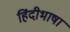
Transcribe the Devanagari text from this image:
हिंदीभाषा